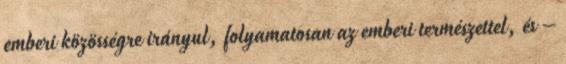
emberi közösségre irányul, folyamatosan az emberi természettel, és –